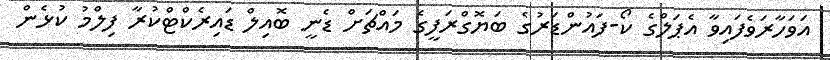
އަވަހާރަވެފައިވާ އެޕަލްގެ ކޯ-ފައުންޑަރުގެ ބަޔޮގްރަފީގެ މައްޗަށް ޑެނީ ބޮއިލް ޑައިރެކްޓްކުރާ ފިލްމު ކުޅެން